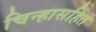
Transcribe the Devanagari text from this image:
चिन्हासहित